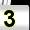
Digit: 3